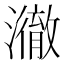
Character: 𤁲